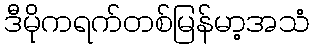
ဒီမိုကရက်တစ်မြန်မာ့အသံ